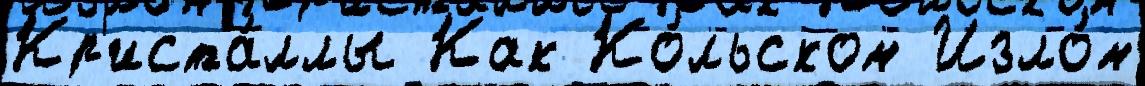
Кр'иста́ллы Как Ко́льском Изло́м